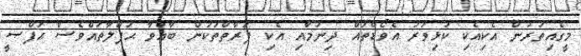
މީގެއިތުރުން އެކިއެކި ކުޅިވަރު އެވޯޑްތައް ދިނުމާއި އެކި ފަރާތްތަކުން ބާއްވާ ޙަފްލާތައްވެސް ޙަފްޞީ